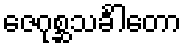
ဇေဂုစ္ဆသင်္ခါတော